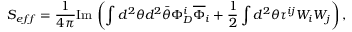
S _ { e f f } = { \frac { 1 } { 4 \pi } } \mathrm { I m } \, \left( \int d ^ { 2 } \theta d ^ { 2 } \bar { \theta } \Phi _ { D } ^ { i } \overline { { \Phi } } _ { i } + { \frac { 1 } { 2 } } \int d ^ { 2 } \theta \tau ^ { i j } W _ { i } W _ { j } \right) ,